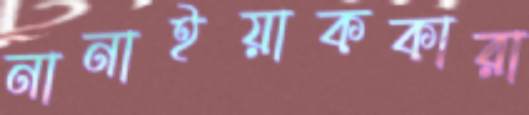
নানাইয়াককারা